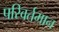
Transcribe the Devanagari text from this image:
परिवर्तमान